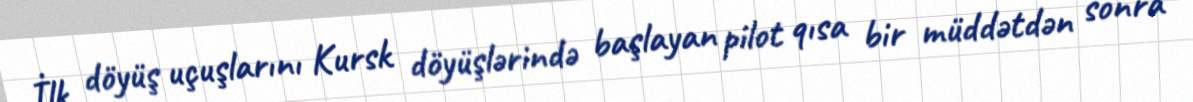
İlk döyüş uçuşlarını Kursk döyüşlərində başlayan pilot qısa bir müddətdən sonra